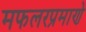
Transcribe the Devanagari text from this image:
मफलरप्रमाणे